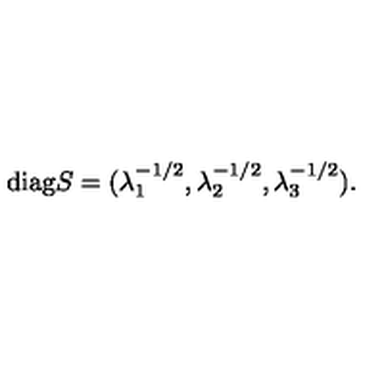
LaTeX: \mathrm { d i a g } S = ( \lambda _ { 1 } ^ { - 1 / 2 } , \lambda _ { 2 } ^ { - 1 / 2 } , \lambda _ { 3 } ^ { - 1 / 2 } ) .